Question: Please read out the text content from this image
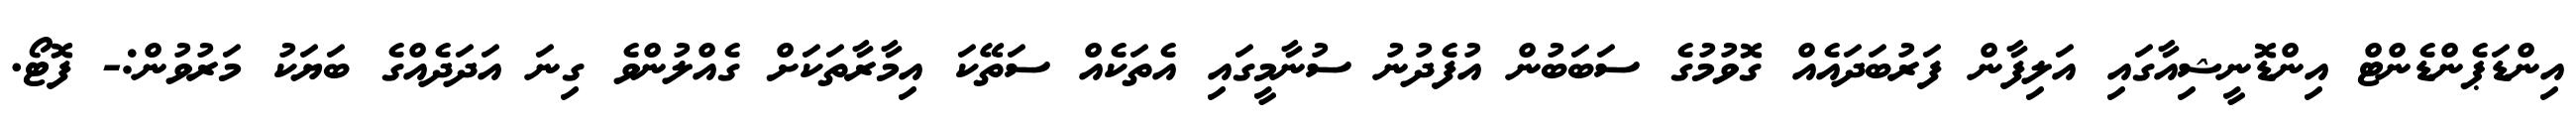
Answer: އިންޑަޕެންޑެންޓް އިންޑޮނީޝިއާގައި އަލިފާން ފަރުބަދައެއް ގޮވުމުގެ ސަބަބުން އުފެދުނު ސުނާމީގައި އެތަކެއް ސަތޭކަ އިމާރާތަކަށް ގެއްލުންވެ ގިނަ އަދަދެއްގެ ބަޔަކު މަރުވުން:- ފޮޓޯ.